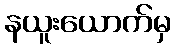
နယူးယောက်မှ